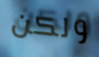
ولكن